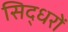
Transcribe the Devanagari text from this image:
सिद्धरों